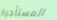
المستأجرة